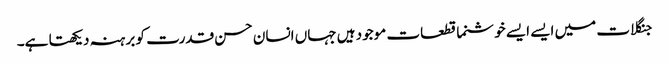
جنگلات میں ایسے ایسے خوشنما قطعات موجود ہیں جہاں انسان حسن قدرت کو برہنہ دیکھتا ہے۔